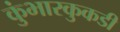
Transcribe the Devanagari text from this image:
कुंभारकुकडी